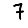
Digit: 7